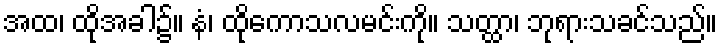
အထ၊ ထိုအခါ၌။ နံ၊ ထိုကောသလမင်းကို။ သတ္ထာ၊ ဘုရားသခင်သည်။